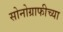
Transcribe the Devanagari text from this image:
सोनोग्राफीच्या